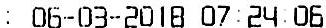
: 06-03-2018 07:24:06